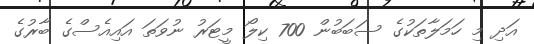
އަދި މި ހަމަލާތަކުގެ ސަބަބުން 700 ކިލޯ މީޓަރު ނުވަތަ އައިއެސްގެ ބާރުގެ